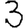
Digit: 3